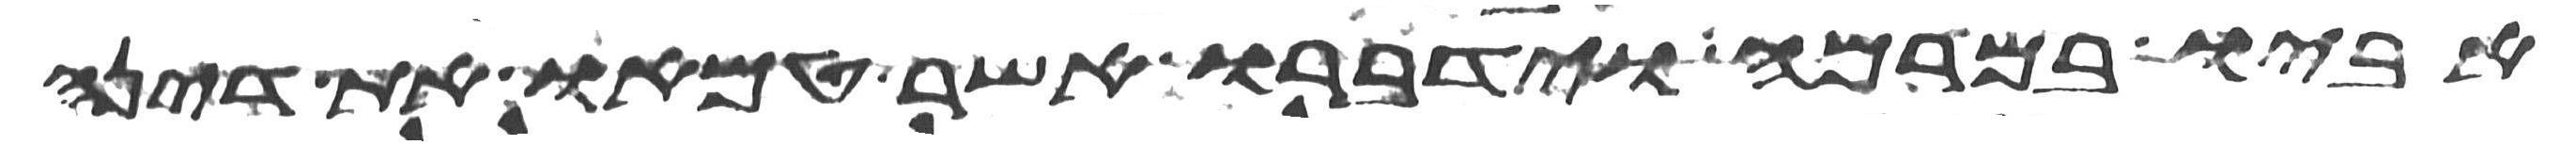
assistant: אביו במרמה וידברו אשר טמאו את דינה